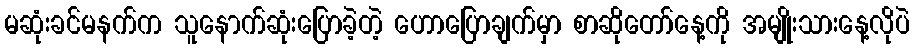
မဆုံးခင်မနက်က သူနောက်ဆုံးပြောခဲ့တဲ့ ဟောပြောချက်မှာ စာဆိုတော်နေ့ကို အမျိုးသားနေ့လိုပဲ